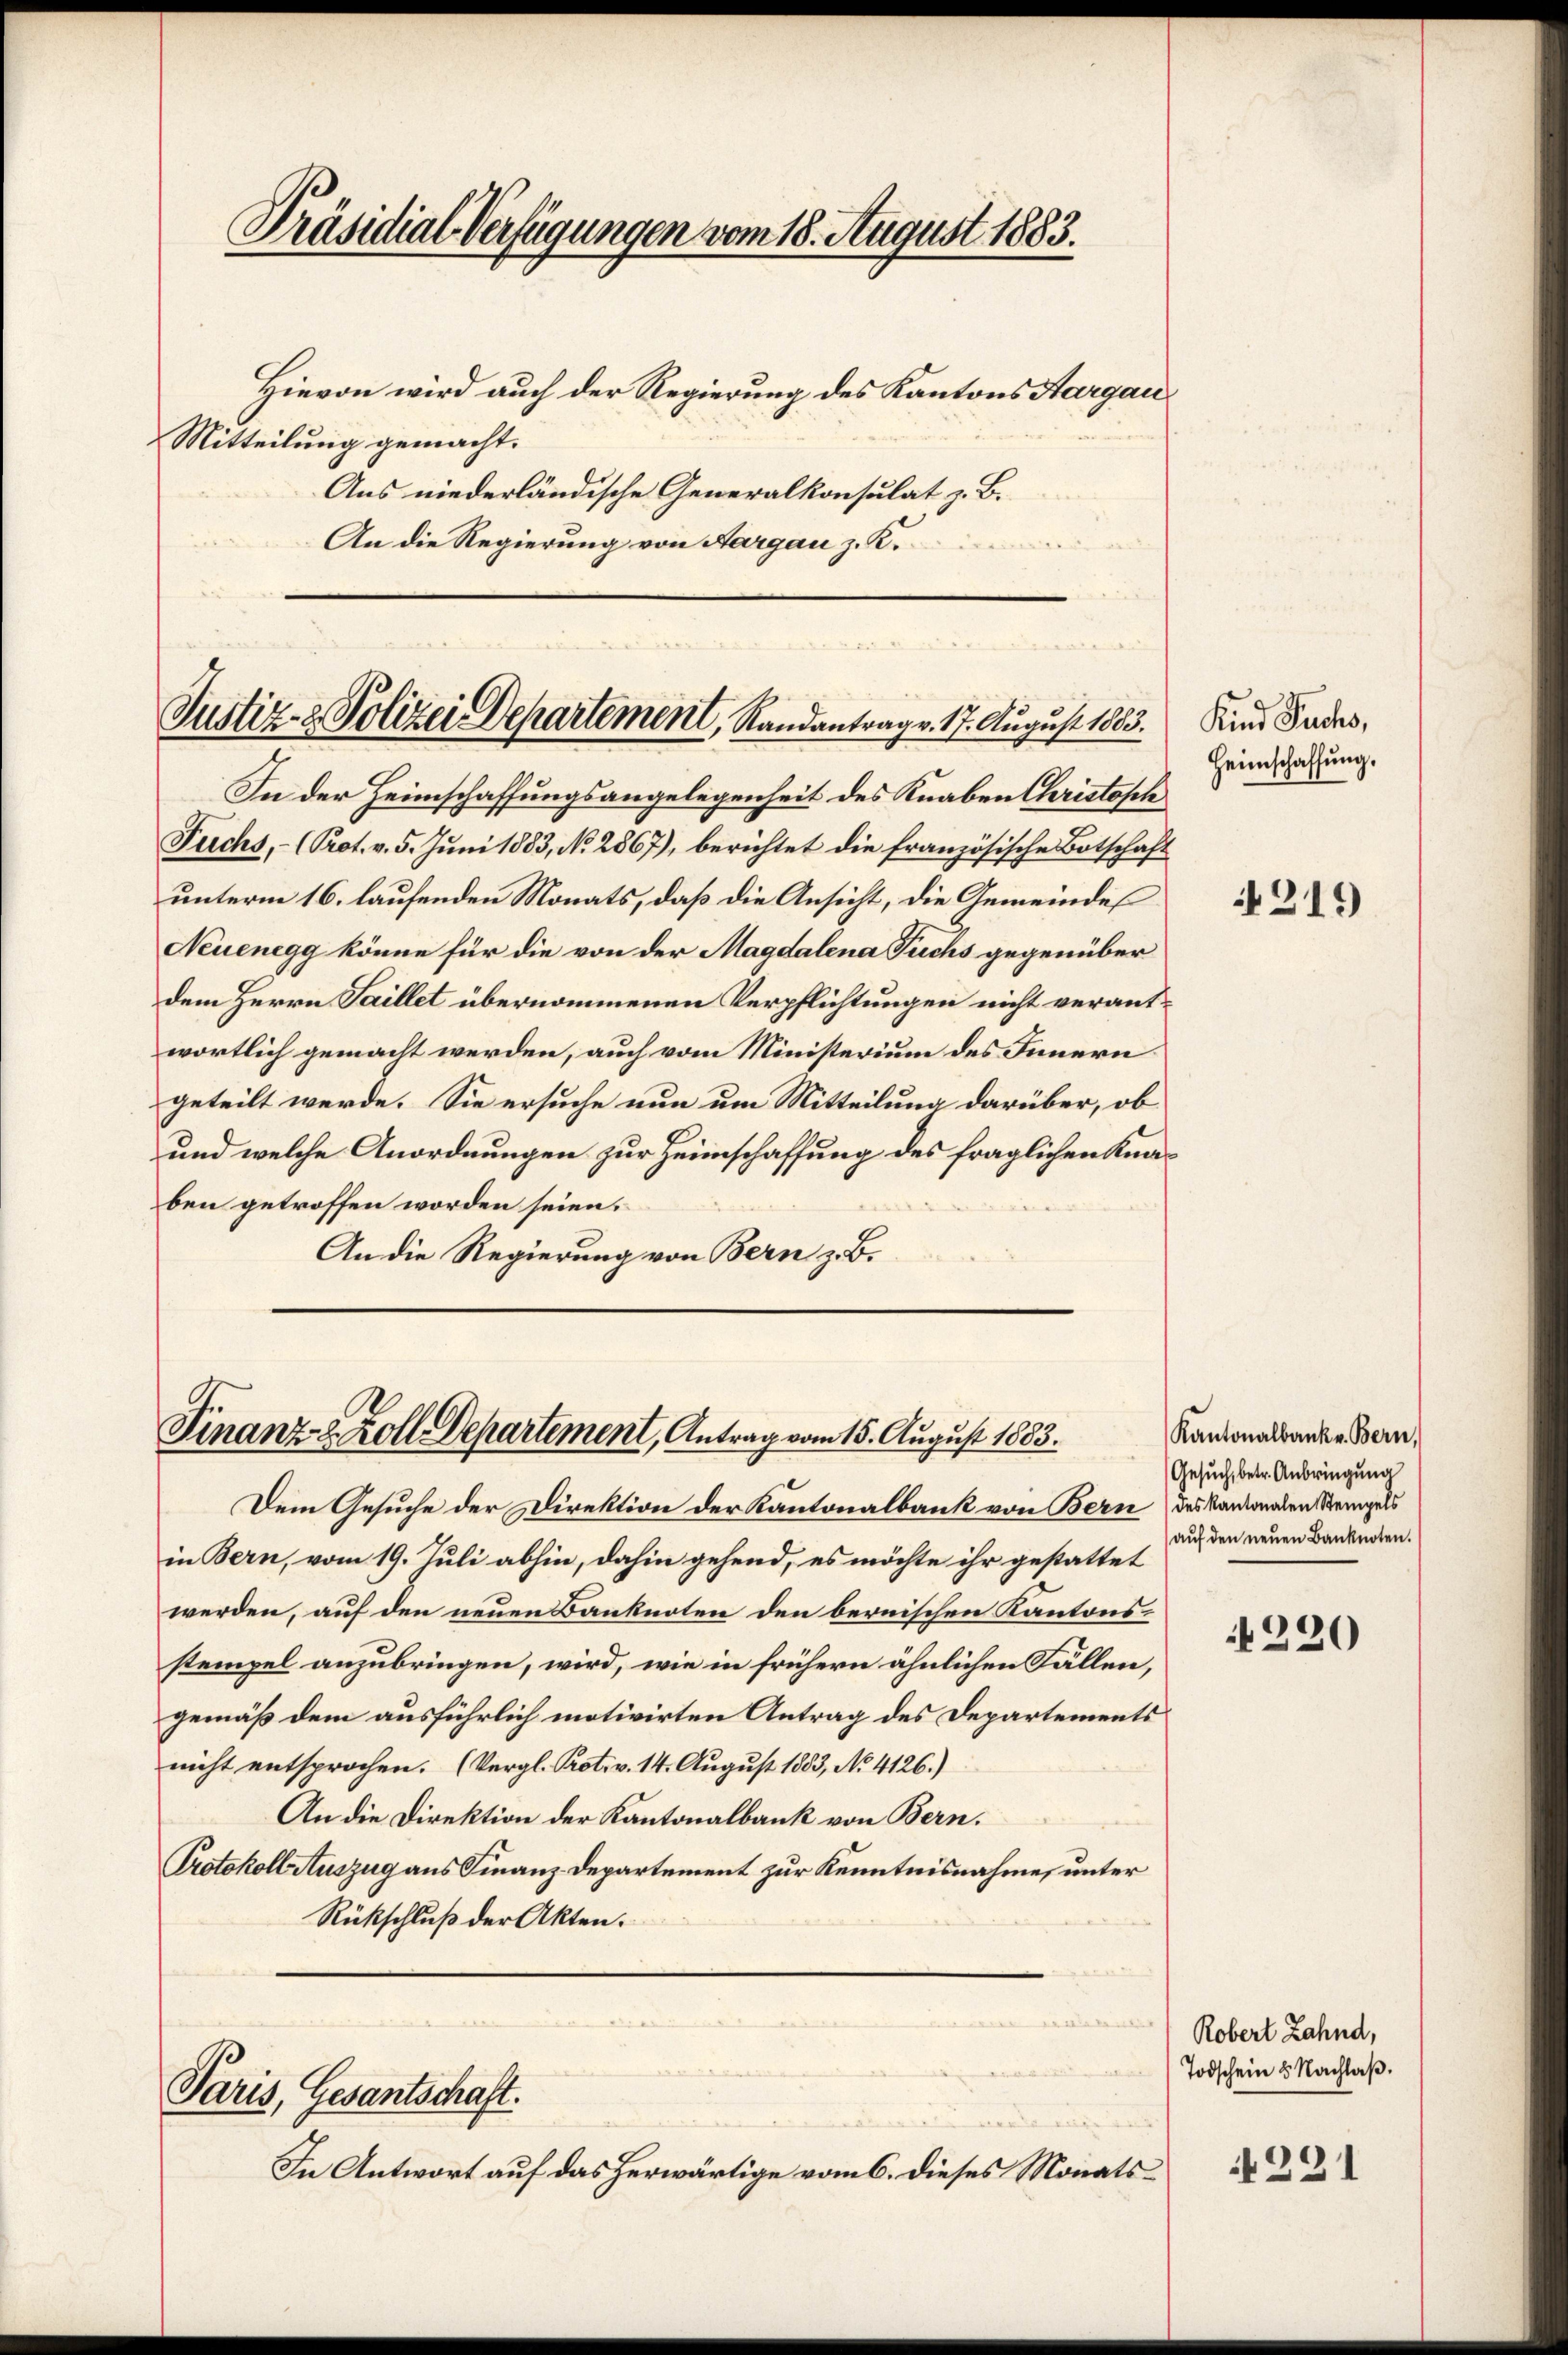
Präsidial-Verfügungen vom 18. August 1883.

Hievon wird auch der Regierung des Kantons Aargau,
Mitteilung gemacht.
Aus niederländische Generalkonsulat z. B.
An die Regierung von Aargau z. K.

In der Heimschaffungsangelegenheit des Knaben Christisch
Fuchs, - (Prot. v. 5. Juni 1883, No 2867), berichtet die französische Botschaft
unterm 16. laufenden Monats, daß die Ansicht, die Gemeindes
Neuenegg könne für die von der Magdalena Fuchs gegenüber
dem Herrn Saillet übernommenen Verpflichtungen nicht verantwortlich gemacht werden, auch vom Ministerium des Innern
geteilt werde. Sie ersuche nun um Mitteilung darüber, ob
und welche Anordnungen zur Heimschaffung des fraglichen Knaben getroffen worden seien.
An die Regierung von Bern z. B.

Justiz- & Polizei Departement, Randantrag v. 17. August 1883.

Finanz- u. Zoll Departement, Antrag vom 15. August 1883.

Paris, Gesantschaft.

Dem Gesuche der Direktion der Kantonalbank von Bern des Kantonalen Stempels
in Bern, vom 19. Juli abhin, dahin gehend, es möchte ihr gestattet
werden, auf den neuen Banknoten den bernischen Kantonsstempel anzubringen, wird, wie in frühern ähnlichen Fällen,
gemäß dem ausführlich motivirten Antrag des Departements
nicht entsprochen. (Vergl. Prot. v. 14. August 1883, No 4126.)
An die Direktion der Kantonalbank von Bern.
Protokoll Auszug aus Finanz-Departement zur Kenntnisnahme, unter
Rückschluß der Akten.

In Antwort auf das herwärtige vom 6. dieses Monats

Kind Fuchs,
Heimschaffung.

4319

Kantonalbank v. Bern,
Gesuch, betr. Anbringung
aŭf den neŭen Banknoten.

220

Robert Zahnd,
Todschein & Nachlaβ.

221